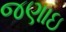
જણાઇ